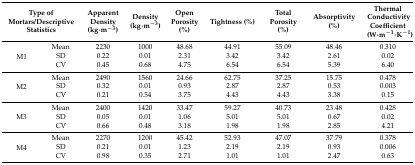
| <COLSPAN=2> Type of Mortars/Descriptive Statistics | Apparent Density (kg∙m−3) | Density (kg∙m−3) | Open Porosity (%) | Tightness (%) | Total Porosity (%) | Absorptivity (%) | Thermal Conductivity Coefficient (W∙m−1∙K−1) |
 | --- | --- | --- | --- | --- | --- | --- | --- | --- |
 | <ROWSPAN=3> M1 | Mean | 2230 | 1000 | 48.68 | 44.91 | 55.09 | 48.46 | 0.310 |
 | SD | 0.22 | 0.01 | 2.31 | 3.42 | 3.42 | 2.61 | 0.02 |
 | CV | 0.45 | 0.68 | 4.75 | 6.54 | 6.54 | 5.39 | 6.40 |
 | <ROWSPAN=3> M2 | Mean | 2490 | 1560 | 24.66 | 62.75 | 37.25 | 15.75 | 0.478 |
 | SD | 0.32 | 0.01 | 0.93 | 2.87 | 2.87 | 0.53 | 0.003 |
 | CV | 0.21 | 0.54 | 3.75 | 4.43 | 4.43 | 3.38 | 0.15 |
 | <ROWSPAN=3> M3 | Mean | 2400 | 1420 | 33.47 | 59.27 | 40.73 | 23.48 | 0.428 |
 | SD | 0.05 | 0.01 | 1.06 | 5.01 | 5.01 | 0.67 | 0.02 |
 | CV | 0.66 | 0.48 | 3.18 | 1.98 | 1.98 | 2.85 | 4.21 |
 | <ROWSPAN=3> M4 | Mean | 2270 | 1200 | 45.42 | 52.93 | 47.07 | 37.79 | 0.378 |
 | SD | 0.21 | 0.01 | 1.23 | 2.19 | 2.19 | 0.93 | 0.006 |
 | CV | 0.98 | 0.35 | 2.71 | 1.01 | 1.01 | 2.47 | 0.63 |